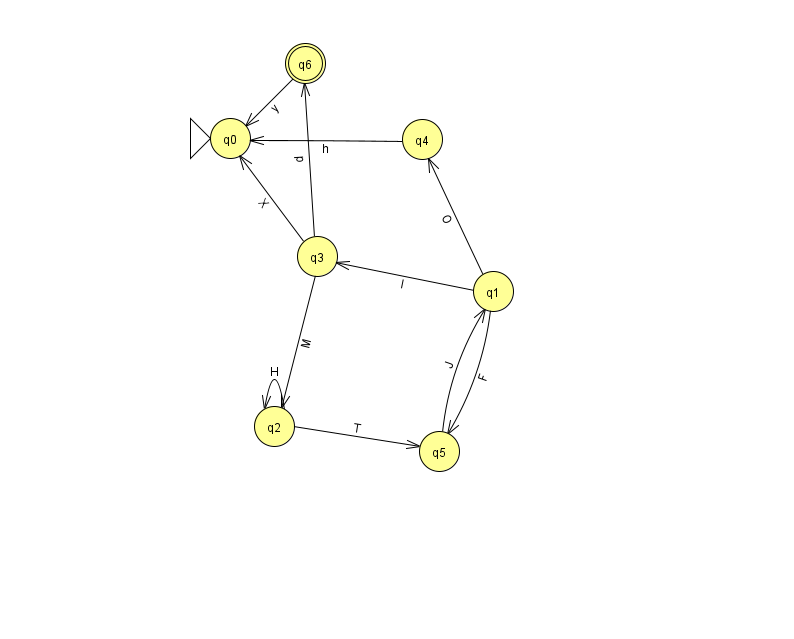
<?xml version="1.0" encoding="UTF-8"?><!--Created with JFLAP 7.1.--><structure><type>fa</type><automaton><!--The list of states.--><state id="0" name="q0"><x>230.0</x><y>125.0</y><initial/></state><state id="1" name="q1"><x>493.0</x><y>278.0</y></state><state id="2" name="q2"><x>274.0</x><y>413.0</y></state><state id="3" name="q3"><x>317.0</x><y>243.0</y></state><state id="4" name="q4"><x>422.0</x><y>126.0</y></state><state id="5" name="q5"><x>439.0</x><y>438.0</y></state><state id="6" name="q6"><x>305.0</x><y>50.0</y><final/></state><!--The list of transitions.--><transition><from>4</from><to>0</to><read>h</read></transition><transition><from>3</from><to>0</to><read>X</read></transition><transition><from>5</from><to>1</to><read>J</read></transition><transition><from>1</from><to>5</to><read>F</read></transition><transition><from>2</from><to>2</to><read>H</read></transition><transition><from>3</from><to>6</to><read>p</read></transition><transition><from>1</from><to>3</to><read>l</read></transition><transition><from>2</from><to>5</to><read>T</read></transition><transition><from>3</from><to>2</to><read>M</read></transition><transition><from>1</from><to>4</to><read>O</read></transition><transition><from>6</from><to>0</to><read>y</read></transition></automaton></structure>